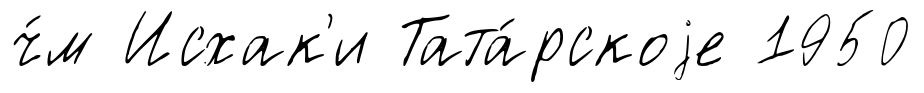
ч́м Исхак'и Тата́рскоjе 1950